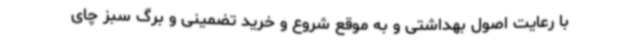
با رعایت اصول بهداشتی و به موقع شروع و خرید تضمینی و برگ سبز چای